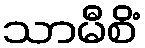
သာမီစိံ